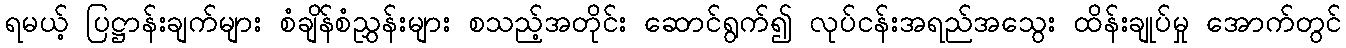
ရမယ့် ပြဋ္ဌာန်းချက်များ စံချိန်စံညွှန်းများ စသည့်အတိုင်း ဆောင်ရွက်၍ လုပ်ငန်းအရည်အသွေး ထိန်းချုပ်မှု အောက်တွင်